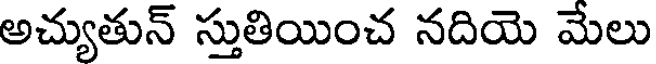
అచ్యుతున్ స్తుతియించ నదియె మేలు